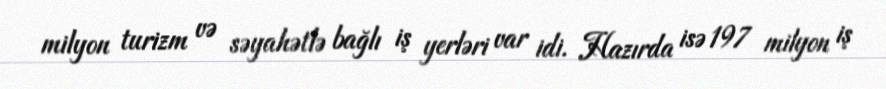
milyon turizm və səyahətlə bağlı iş yerləri var idi. Hazırda isə 197 milyon iş